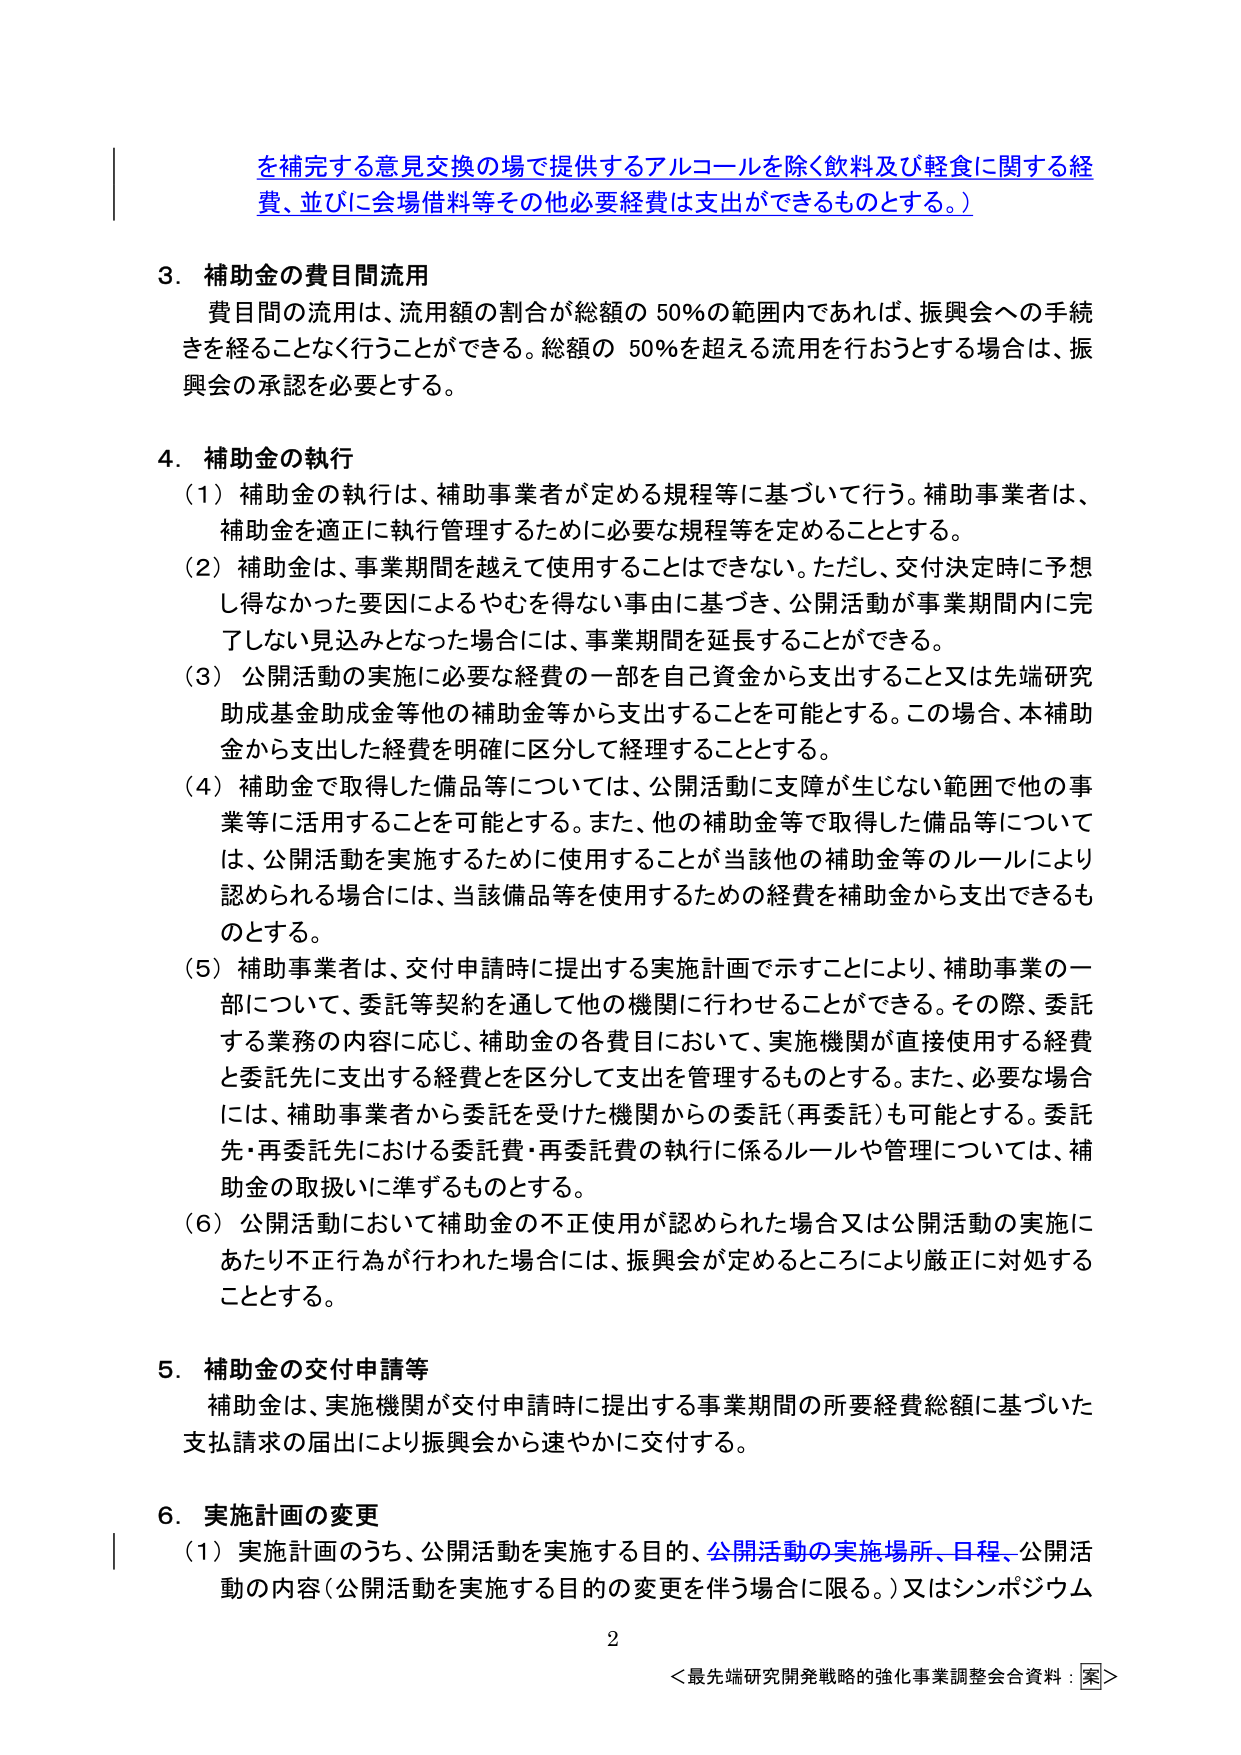
を補完する意見交換の場で提供するアルコールを除く飲料及び軽食に関する経費、並びに会場借料等その他必要経費は支出ができるものとする。）

3．補助金の費目間流用
費目間の流用は、流用額の割合が総額の50％の範囲内であれば、振興会への手続きを経ることなく行うことができる。総額の50％を超える流用を行おうとする場合は、振興会の承認を必要とする。

4．補助金の執行
（1）補助金の執行は、補助事業者が定める規程等に基づいて行う。補助事業者は、補助金を適正に執行管理するために必要な規程等を定めることとする。
（2）補助金は、事業期間を越えて使用することはできない。ただし、交付決定時に予想し得なかった要因によるやむを得ない事由に基づき、公開活動が事業期間内に完了しない見込みとなった場合には、事業期間を延長することができる。
（3）公開活動の実施に必要な経費の一部を自己資金から支出すること又は先端研究助成基金助成金等他の補助金等から支出することを可能とする。この場合、本補助金から支出した経費を明確に区分して経理することとする。
（4）補助金で取得した備品等については、公開活動に支障が生じない範囲で他の事業等に活用することを可能とする。また、他の補助金等で取得した備品等については、公開活動を実施するために使用することが当該他の補助金等のルールにより認められる場合には、当該備品等を使用するための経費を補助金から支出できるものとする。
（5）補助事業者は、交付申請時に提出する実施計画で示すことにより、補助事業の一部について、委託等契約を通じて他の機関に行わせることができる。その際、委託する業務の内容に応じ、補助金の各費目において、実施機関が直接使用する経費と委託先に支出する経費を区分して支出を管理するものとする。また、必要な場合には、補助事業者から委託を受けた機関からの委託（再委託）も可能とする。委託先・再委託先における委託費・再委託費の執行に係るルールや管理については、補助金の取扱いに準ずるものとする。
（6）公開活動において補助金の不正使用が認められた場合又は公開活動の実施にあたり不正行為が行われた場合には、振興会が定めるところにより厳正に対処することとする。

5．補助金の交付申請等
補助金は、実施機関が交付申請時に提出する事業期間の所要経費総額に基づいた支払請求の届出により振興会から速やかに交付する。

6．実施計画の変更
（1）実施計画のうち、公開活動を実施する目的、公開活動の実施場所、日程、公開活動の内容（公開活動を実施する目的の変更を伴う場合に限る。）又はシンポジウム

2
＜最先端研究開発戦略的強化事業調整会合資料：案＞